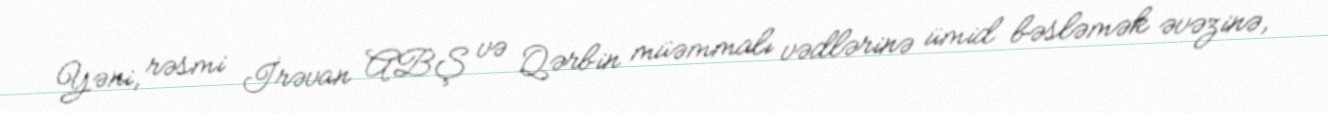
Yəni, rəsmi İrəvan ABŞ və Qərbin müəmmalı vədlərinə ümid bəsləmək əvəzinə,